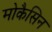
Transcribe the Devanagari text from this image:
मोकैसिन